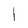
Character: 1